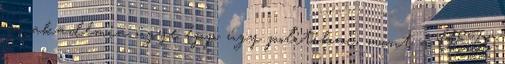
az akadémia ügye épp úgy politikai, mint a CEU